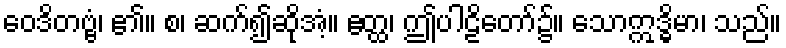
ဝေဒိတဗ္ဗံ၊ ၏။ စ၊ ဆက်၍ဆိုအံ့။ ဧတ္ထ၊ ဤပါဠိတော်၌။ သောဣဒ္ဓိမာ၊ သည်။